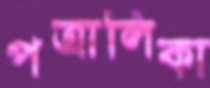
পত্রালিকা